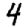
Digit: 4